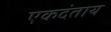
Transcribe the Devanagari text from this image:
एकदंताय